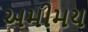
અમીમય